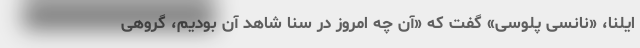
ایلنا، «نانسی پلوسی» گفت که «آن چه امروز در سنا شاهد آن بودیم، گروهی